Trukikaitis_Postimees, lk 144
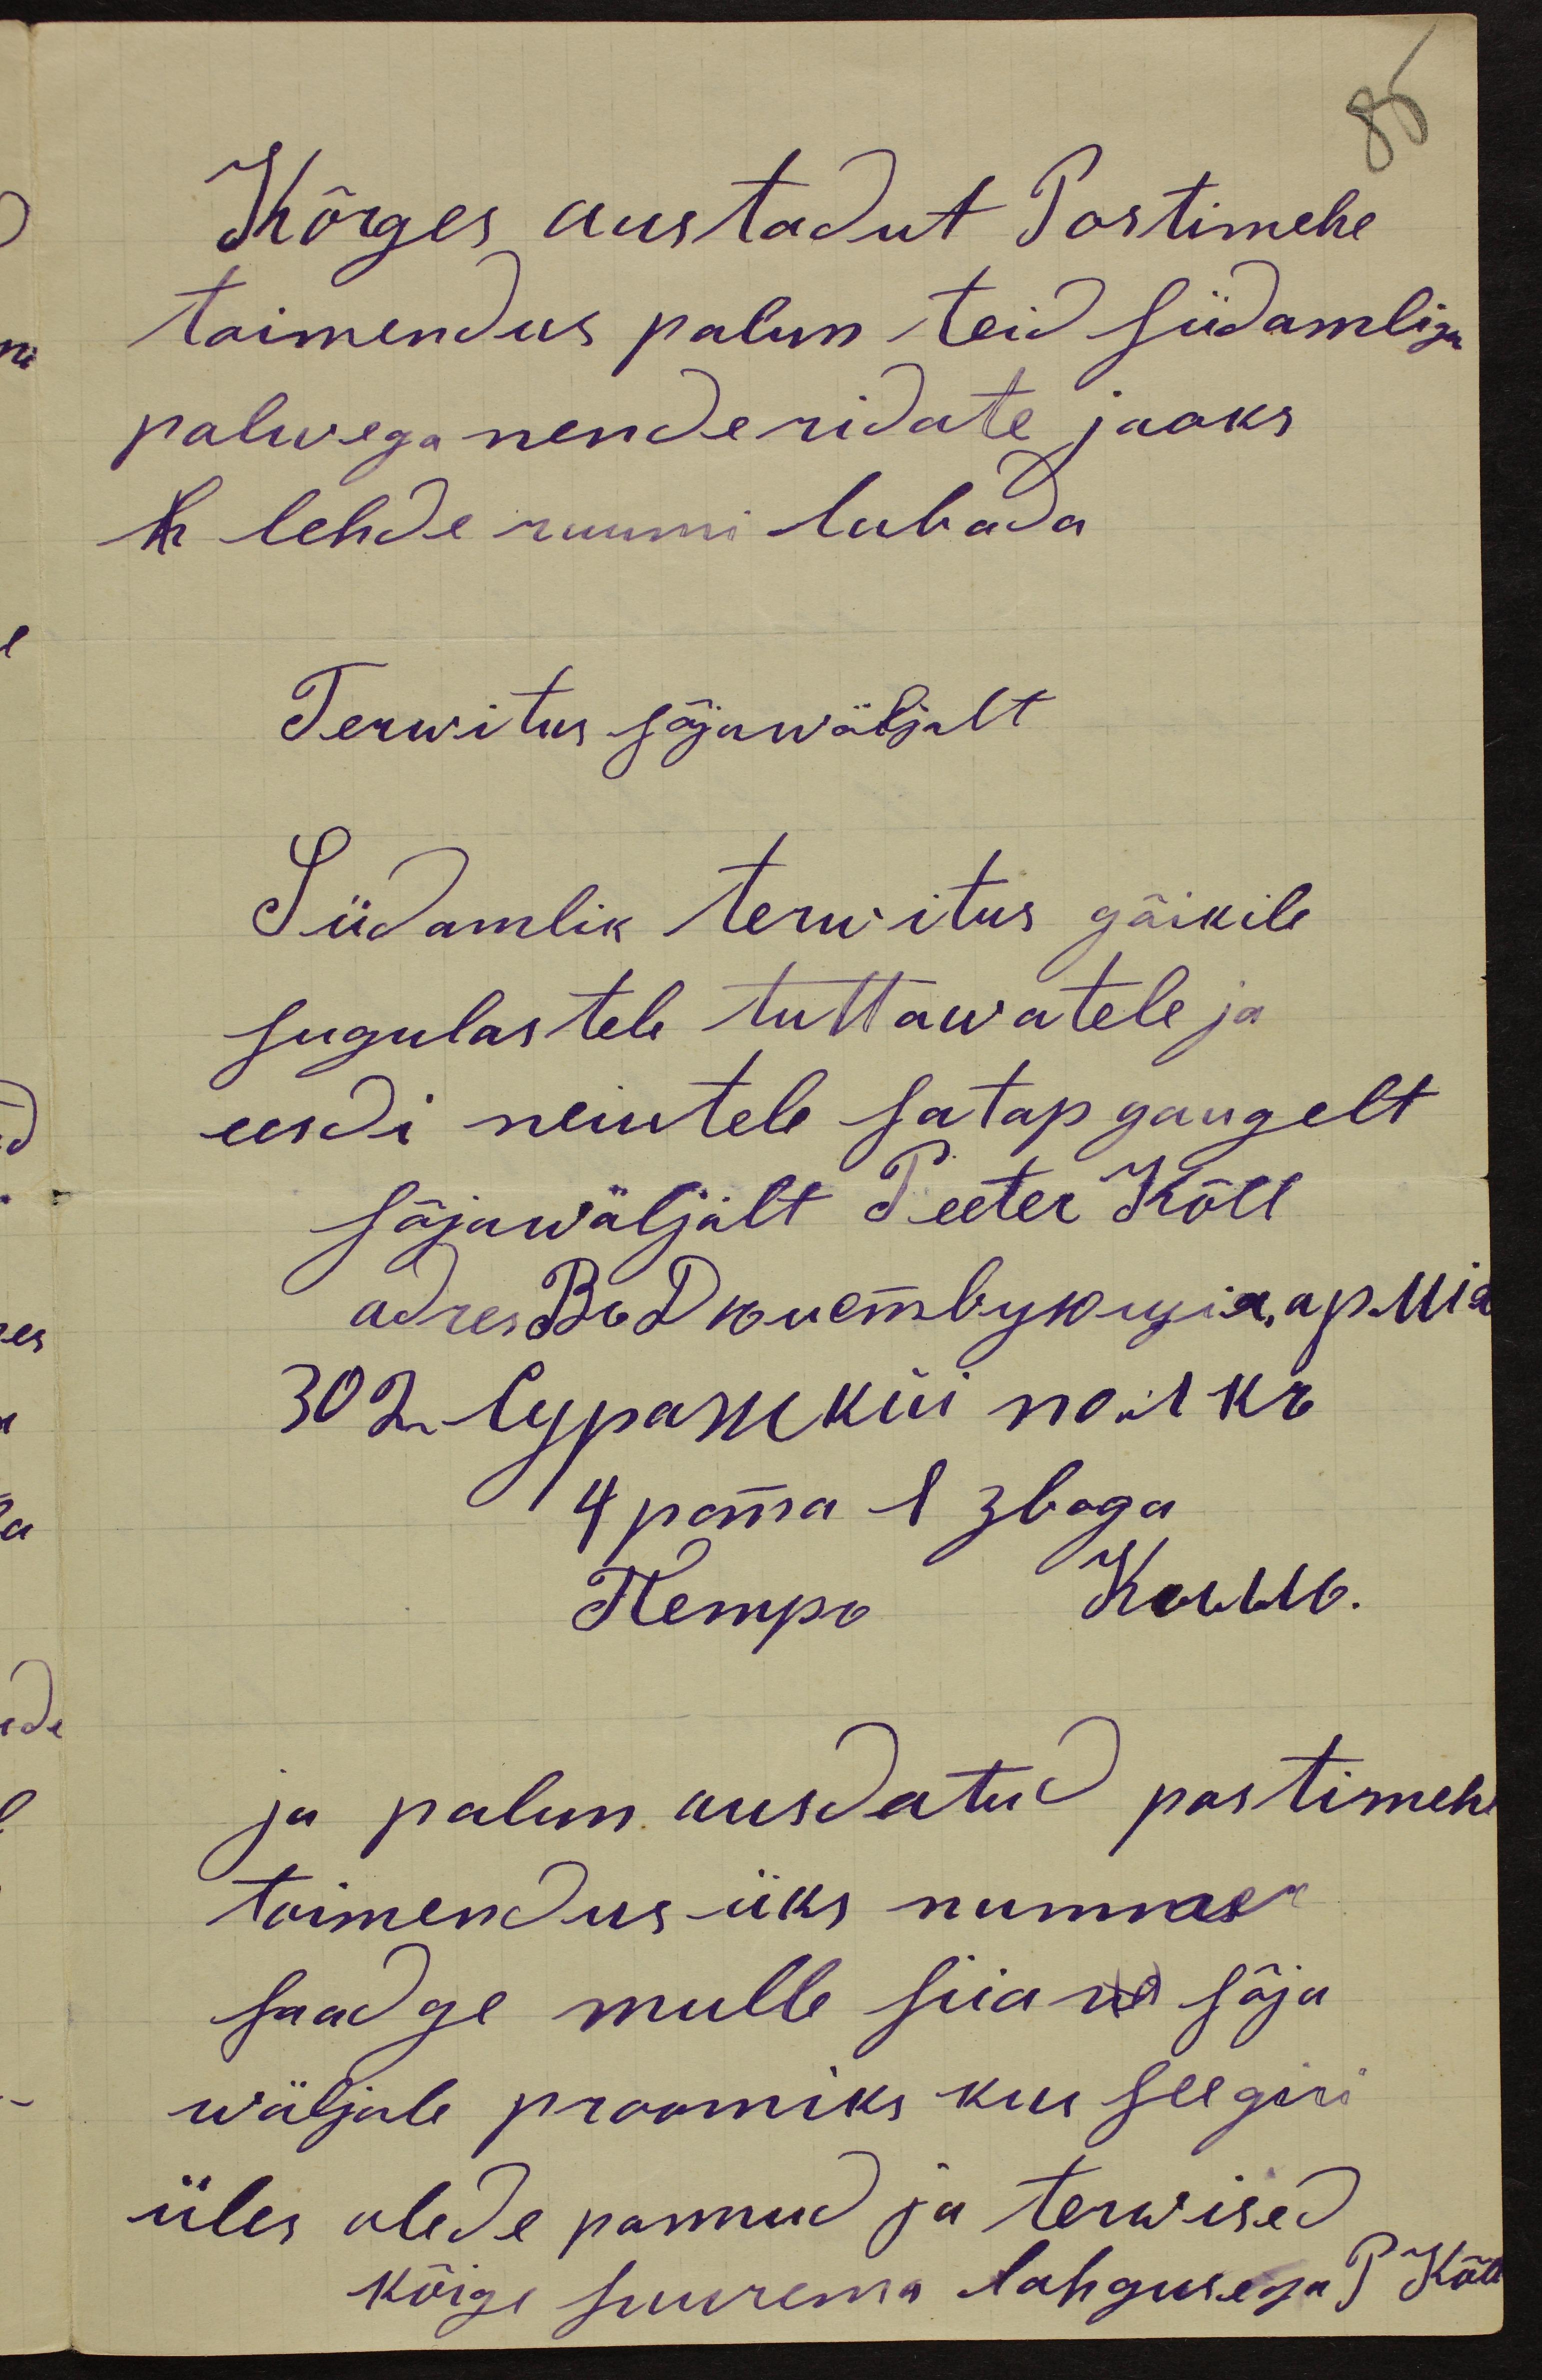
Kõrges austadut Postimehe
toimendus palun teid südamligu
palwega nende ridate jaoks
h lehde ruumi lubada
Terwitus sõjawäljalt
Südamlik terwitus gõikile
sugulastele tuttawatele ja
eesdi neiutele satap gaugelt
sõjawäljalt Peeter Kõll
adres Веб Кнетвукиуia, ap. Mia
ja palun ausdatud postimehe
toimendus üks nummer
saadge mulle siia w sõja
wäljale proowiks kui see giri
üles olede pannud ja terwised
kõige suurema lahgusega P. Kõll